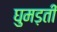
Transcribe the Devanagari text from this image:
घुमड़ती